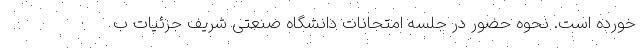
خورده است. نحوه حضور در جلسه امتحانات دانشگاه صنعتی شریف جزئیات ب